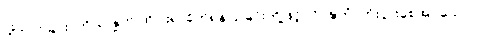
တိုင်ပင်ခြင်း, ကိုယ် နှုတ် ထိပါး၍ ခိုက်ရန်ပြုခြင်းတို့ဖြင့်။ ဝိဝဍ္ဎိတံ၊ တိုးပွားစေအပ်သော။